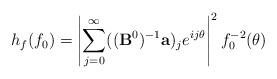
LaTeX: \begin{align*} h_f(f_0)=\left|\sum\limits_{j=0}^{\infty}((\bold{B}^0)^{-1}\bold{a})_je^{ij\theta} \right|^2f_0^{-2}(\theta)\end{align*}